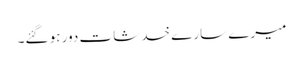
میرے سارے خدشات دور ہو گئے۔